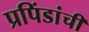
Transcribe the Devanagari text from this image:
प्रपिंडांची